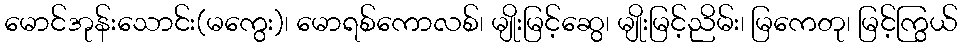
မောင်အုန်းသောင်း(မကွေး)၊ မောရစ်ကောလစ်၊ မျိုးမြင့်ဆွေ၊ မျိုးမြင့်ညိမ်း၊ မြကေတု၊ မြင့်ကြွယ်